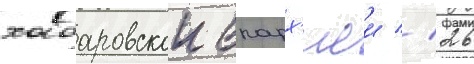
хабаровскои епарх'иеи // 26